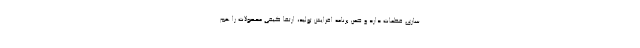
سازی قطعات دارد و ضمن برنامه افزایش تولید، ارتقا کیفی محصولات را هم